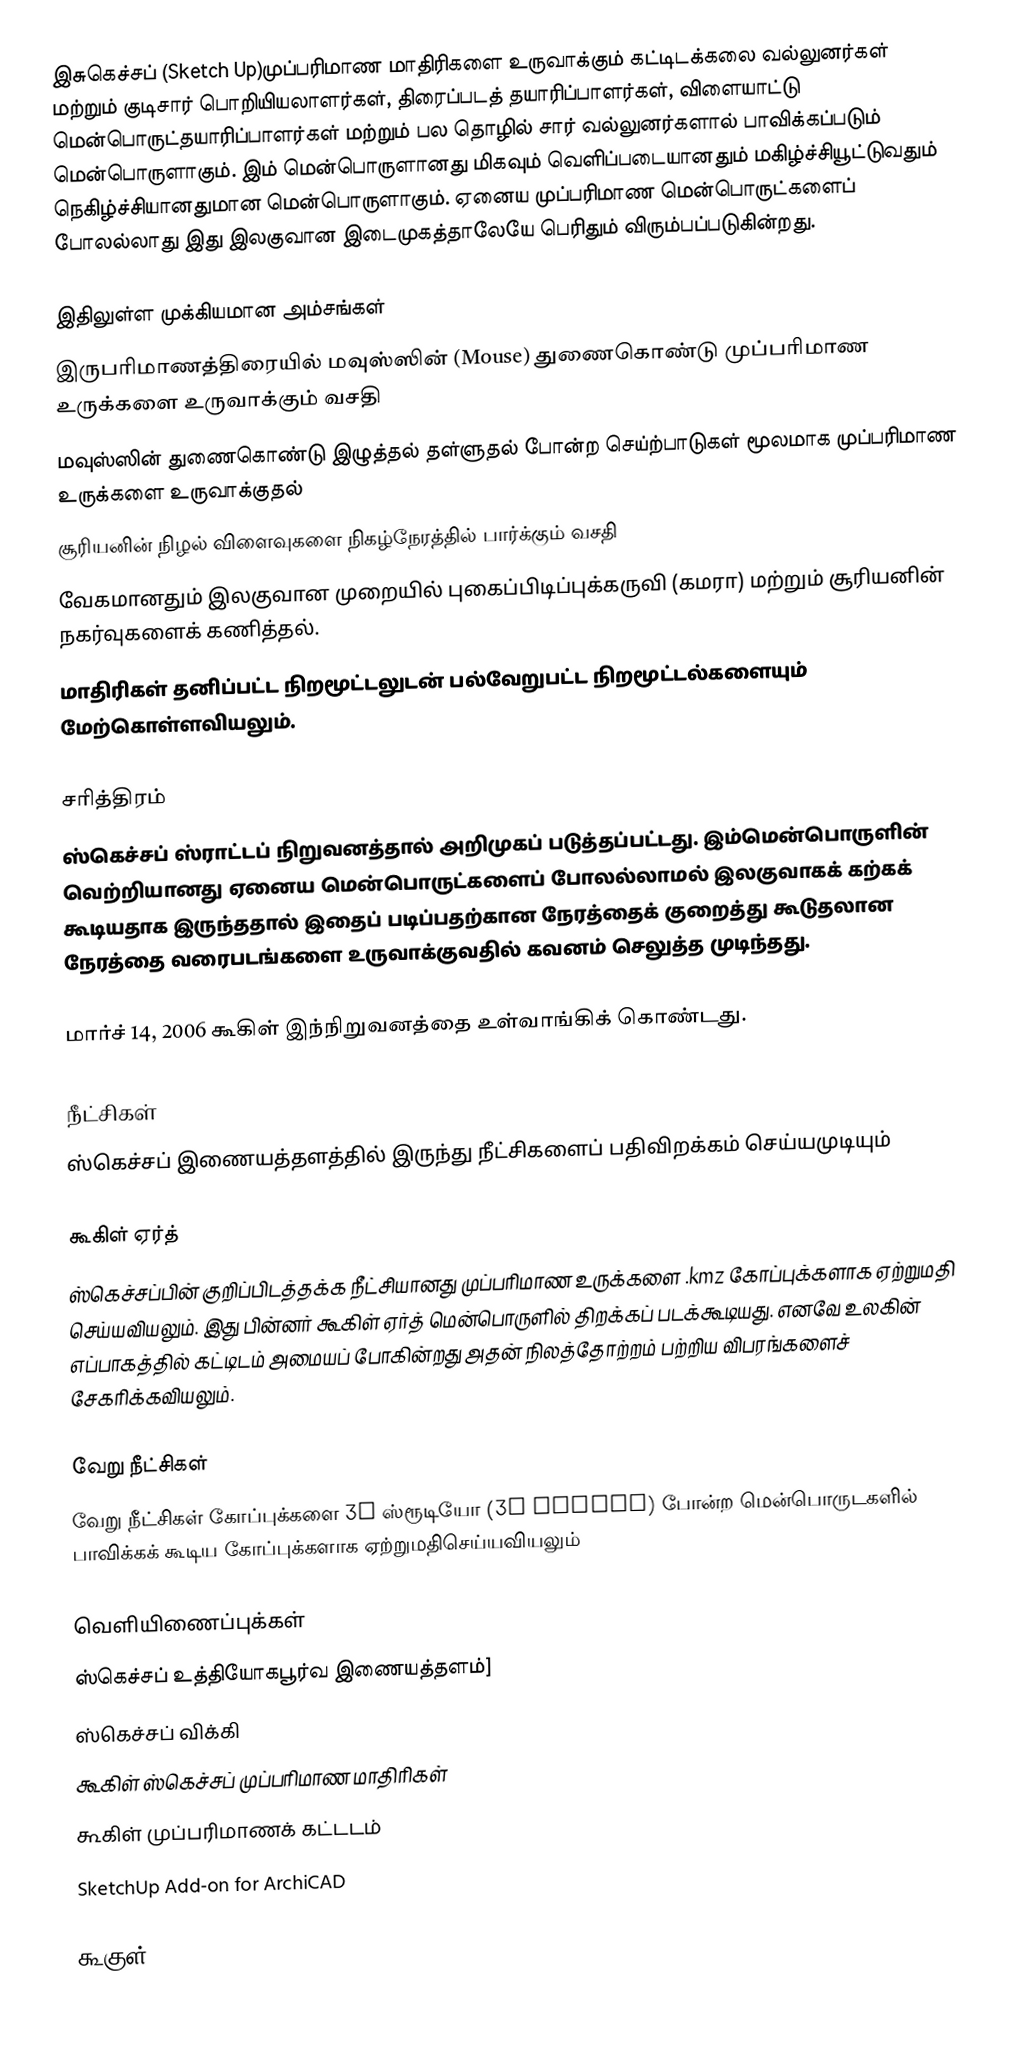
இசுகெச்சப் (Sketch Up)முப்பரிமாண மாதிரிகளை உருவாக்கும் கட்டிடக்கலை வல்லுனர்கள் மற்றும் குடிசார் பொறியியலாளர்கள், திரைப்படத் தயாரிப்பாளர்கள், விளையாட்டு மென்பொருட்தயாரிப்பாளர்கள் மற்றும் பல தொழில் சார் வல்லுனர்களால் பாவிக்கப்படும் மென்பொருளாகும். இம் மென்பொருளானது மிகவும் வெளிப்படையானதும் மகிழ்ச்சியூட்டுவதும் நெகிழ்ச்சியானதுமான மென்பொருளாகும். ஏனைய முப்பரிமாண மென்பொருட்களைப் போலல்லாது இது இலகுவான இடைமுகத்தாலேயே பெரிதும் விரும்பப்படுகின்றது.

இதிலுள்ள முக்கியமான அம்சங்கள்
இருபரிமாணத்திரையில் மவுஸ்ஸின் (Mouse) துணைகொண்டு முப்பரிமாண உருக்களை உருவாக்கும் வசதி
மவுஸ்ஸின் துணைகொண்டு இழுத்தல் தள்ளுதல் போன்ற செய்ற்பாடுகள் மூலமாக முப்பரிமாண உருக்களை உருவாக்குதல்
சூரியனின் நிழல் விளைவுகளை நிகழ்நேரத்தில் பார்க்கும் வசதி
வேகமானதும் இலகுவான முறையில் புகைப்பிடிப்புக்கருவி (கமரா) மற்றும் சூரியனின் நகர்வுகளைக் கணித்தல்.
மாதிரிகள் தனிப்பட்ட நிறமூட்டலுடன் பல்வேறுபட்ட நிறமூட்டல்களையும் மேற்கொள்ளவியலும்.

சரித்திரம்
ஸ்கெச்சப் ஸ்ராட்டப் நிறுவனத்தால் அறிமுகப் படுத்தப்பட்டது. இம்மென்பொருளின் வெற்றியானது ஏனைய மென்பொருட்களைப் போலல்லாமல் இலகுவாகக் கற்கக் கூடியதாக இருந்ததால் இதைப் படிப்பதற்கான நேரத்தைக் குறைத்து கூடுதலான நேரத்தை வரைபடங்களை உருவாக்குவதில் கவனம் செலுத்த முடிந்தது.

மார்ச் 14, 2006 கூகிள் இந்நிறுவனத்தை உள்வாங்கிக் கொண்டது.

நீட்சிகள்
ஸ்கெச்சப் இணையத்தளத்தில் இருந்து நீட்சிகளைப் பதிவிறக்கம் செய்யமுடியும்

கூகிள் ஏர்த்
ஸ்கெச்சப்பின் குறிப்பிடத்தக்க நீட்சியானது முப்பரிமாண உருக்களை .kmz  கோப்புக்களாக ஏற்றுமதி செய்யவியலும். இது பின்னர் கூகிள் ஏர்த் மென்பொருளில் திறக்கப் படக்கூடியது. எனவே உலகின் எப்பாகத்தில் கட்டிடம் அமையப் போகின்றது அதன் நிலத்தோற்றம் பற்றிய விபரங்களைச் சேகரிக்கவியலும்.

வேறு நீட்சிகள்
வேறு நீட்சிகள் கோப்புக்களை 3D ஸ்ரூடியோ (3D Studio) போன்ற மென்பொருடகளில் பாவிக்கக் கூடிய கோப்புக்களாக ஏற்றுமதிசெய்யவியலும்

வெளியிணைப்புக்கள்
 ஸ்கெச்சப் உத்தியோகபூர்வ இணையத்தளம்]
ஸ்கெச்சப் விக்கி
கூகிள் ஸ்கெச்சப் முப்பரிமாண மாதிரிகள்
கூகிள் முப்பரிமாணக் கட்டடம்
SketchUp Add-on for ArchiCAD

கூகுள்